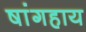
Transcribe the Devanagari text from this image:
षांगहाय